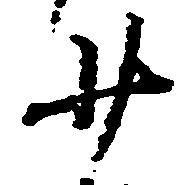
少